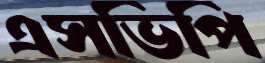
এসভিপি